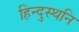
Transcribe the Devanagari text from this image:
हिन्दुस्थनि